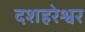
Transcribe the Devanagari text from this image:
दशहरेश्वर